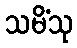
သမိံသု